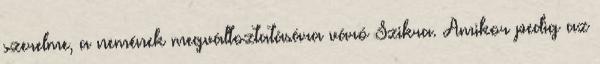
szerelme, a nemének megváltoztatására váró Szikra. Amikor pedig az